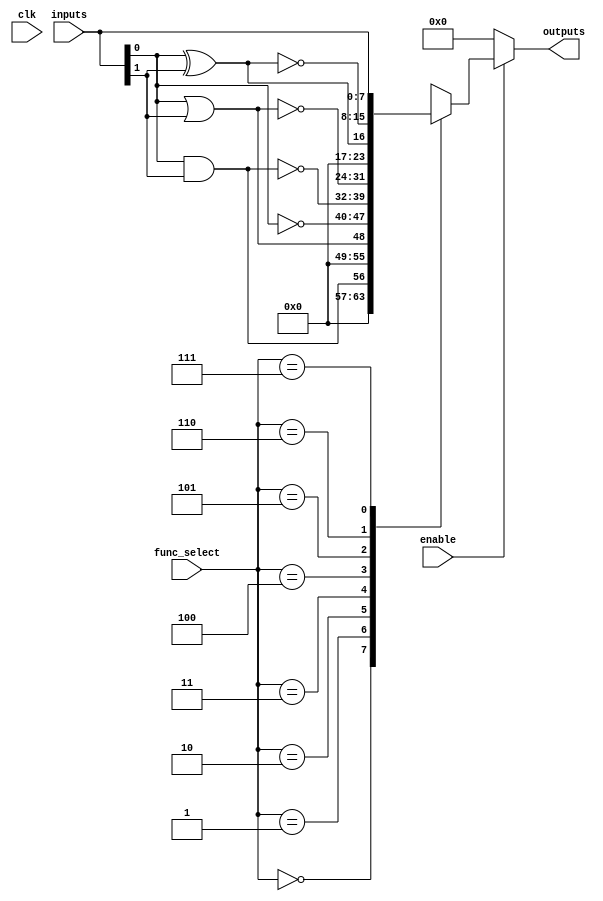
module combinational_logic_block (
    input wire [7:0] inputs,        // 8-bit input vector (can be adjusted for 2, 4, or 8 inputs)
    input wire [2:0] func_select,   // Function select for logic operation
    output reg [7:0] outputs,        // 8-bit output vector
    input wire enable,               // Enable signal for the logic block
    input wire clk                   // Clock signal for synchronous operation (if needed)
);

    // Function select encoding
    localparam AND_FUNC  = 3'b000;
    localparam OR_FUNC   = 3'b001;
    localparam NOT_FUNC  = 3'b010;
    localparam NAND_FUNC = 3'b011;
    localparam NOR_FUNC  = 3'b100;
    localparam XOR_FUNC  = 3'b101;
    localparam XNOR_FUNC = 3'b110;
    localparam PASS_FUNC = 3'b111;   // Pass-through function (for testing)

    always @(*) begin
        if (enable) begin
            case (func_select)
                AND_FUNC:  outputs = inputs[0] & inputs[1]; // Example for 2-input AND
                OR_FUNC:   outputs = inputs[0] | inputs[1]; // Example for 2-input OR
                NOT_FUNC:  outputs = ~inputs[0];             // Example for NOT
                NAND_FUNC: outputs = ~(inputs[0] & inputs[1]); // Example for 2-input NAND
                NOR_FUNC:  outputs = ~(inputs[0] | inputs[1]); // Example for 2-input NOR
                XOR_FUNC:  outputs = inputs[0] ^ inputs[1]; // Example for 2-input XOR
                XNOR_FUNC: outputs = ~(inputs[0] ^ inputs[1]); // Example for 2-input XNOR
                PASS_FUNC: outputs = inputs;                  // Pass-through
                default:   outputs = 8'b00000000;            // Default case
            endcase
        end else begin
            outputs = 8'b00000000; // If not enabled, outputs are low
        end
    end

endmodule